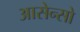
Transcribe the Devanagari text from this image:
आसेन्सो